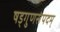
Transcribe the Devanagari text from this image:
षड्गुणसंपदम्‌